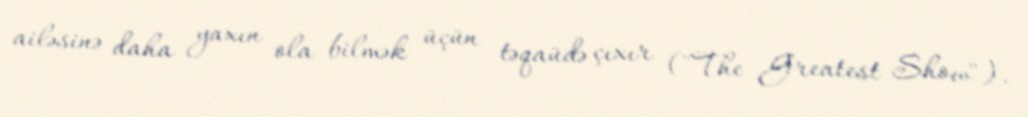
ailəsinə daha yaxın ola bilmək üçün təqaüdə çıxır ("The Greatest Show").